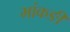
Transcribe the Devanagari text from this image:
भांकङी